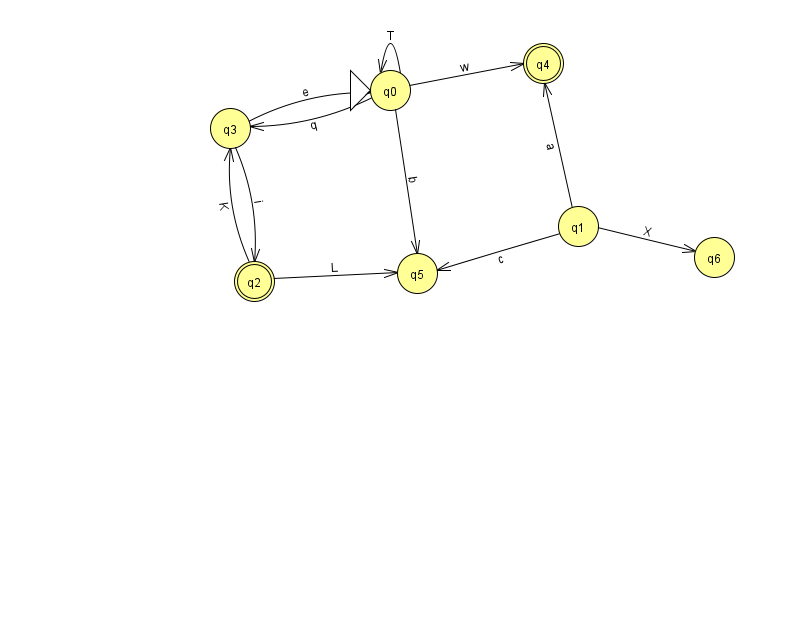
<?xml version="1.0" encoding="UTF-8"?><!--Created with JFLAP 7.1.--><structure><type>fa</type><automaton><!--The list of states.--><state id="0" name="q0"><x>390.0</x><y>77.0</y><initial/></state><state id="1" name="q1"><x>578.0</x><y>213.0</y></state><state id="2" name="q2"><x>254.0</x><y>268.0</y><final/></state><state id="3" name="q3"><x>230.0</x><y>115.0</y></state><state id="4" name="q4"><x>543.0</x><y>50.0</y><final/></state><state id="5" name="q5"><x>417.0</x><y>260.0</y></state><state id="6" name="q6"><x>714.0</x><y>244.0</y></state><!--The list of transitions.--><transition><from>0</from><to>3</to><read>q</read></transition><transition><from>0</from><to>0</to><read>T</read></transition><transition><from>1</from><to>6</to><read>X</read></transition><transition><from>2</from><to>5</to><read>L</read></transition><transition><from>1</from><to>4</to><read>a</read></transition><transition><from>3</from><to>0</to><read>e</read></transition><transition><from>0</from><to>4</to><read>w</read></transition><transition><from>1</from><to>5</to><read>c</read></transition><transition><from>3</from><to>2</to><read>i</read></transition><transition><from>0</from><to>5</to><read>b</read></transition><transition><from>2</from><to>3</to><read>K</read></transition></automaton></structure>